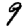
Digit: 9